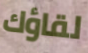
لقاؤك